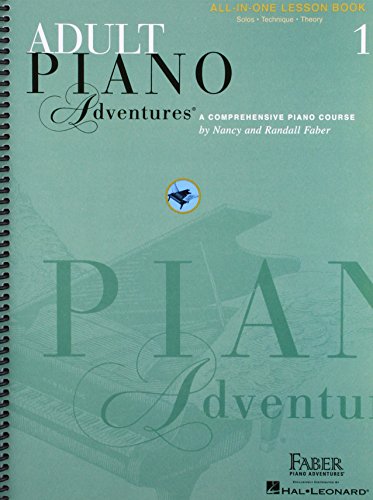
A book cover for Adult Piano Adventures All-in-One Lesson Book 1; Humor & Entertainment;